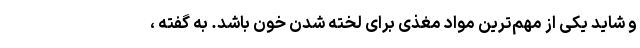
و شاید یکی از مهم‌ترین مواد مغذی برای لخته شدن خون باشد. به گفته ،